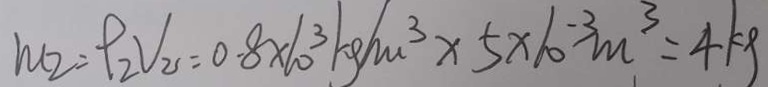
m _ { 2 } = P _ { 2 } V _ { 2 } = 0 . 8 \times 1 0 ^ { 3 } k g / m ^ { 3 } \times 5 \times 1 0 ^ { - 3 } m ^ { 3 } = 4 k g